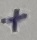
Text: +